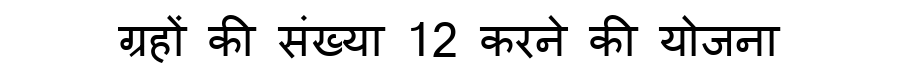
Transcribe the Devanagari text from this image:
ग्रहों की संख्या 12 करने की योजना